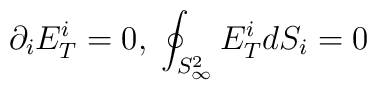
\partial_i E^i_T = 0, \; \oint _{S^2_{\infty}} E^i_T dS_i = 0